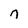
Character: n